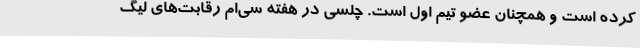
کرده است و همچنان عضو تیم اول است. چلسی در هفته سی‌ام رقابت‌های لیگ